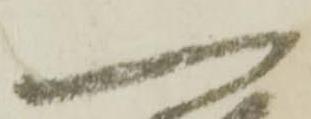
一